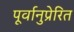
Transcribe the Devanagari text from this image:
पूर्वानुप्रेरित